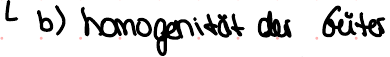
b) homogenität der Güter